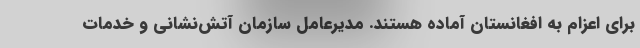
برای اعزام به افغانستان آماده هستند. مدیرعامل سازمان آتش‌نشانی و خدمات